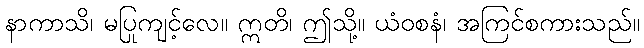
နာကာသိ၊ မပြုကျင့်လေ။ ဣတိ၊ ဤသို့။ ယံဝစနံ၊ အကြင်စကားသည်။